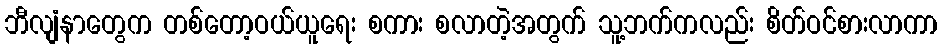
ဘီလျံနာတွေက တစ်တော့ဝယ်ယူရေး စကား စလာတဲ့အတွက် သူ့ဘက်ကလည်း စိတ်ဝင်စားလာကာ